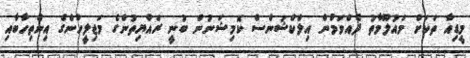
މީޑިއާ ތަކަށް މައުލޫމާތު ދެއްވަމުން އިލެކްޝަންސް ކޮމިޝަނުން ބުނީ ރައްޔިތުންގެ މަޖިލީހުންގެ އިންތިހާބާއި